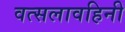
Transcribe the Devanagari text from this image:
वत्सलावहिनी